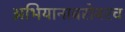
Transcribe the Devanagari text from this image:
अभियानाबरोबरच